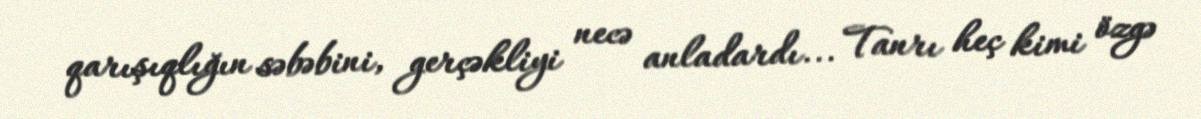
qarışıqlığın səbəbini, gerçəkliyi necə anladardı... Tanrı heç kimi özgə